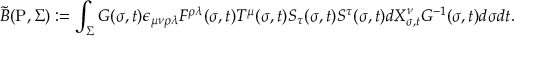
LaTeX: { \tilde { B } } ( \mathrm { P } , { \Sigma } ) : = \int _ { \Sigma } G ( \sigma , t ) \epsilon _ { \mu \nu \rho \lambda } F ^ { \rho \lambda } ( \sigma , t ) T ^ { \mu } ( \sigma , t ) S _ { \tau } ( \sigma , t ) S ^ { \tau } ( \sigma , t ) d { X _ { \sigma , t } ^ { \nu } } G ^ { - 1 } ( \sigma , t ) d \sigma d t .